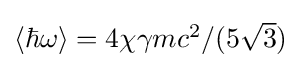
{\textstyle \langle \hbar \omega \rangle =4\chi \gamma mc^{2}/(5{\sqrt {3}})}